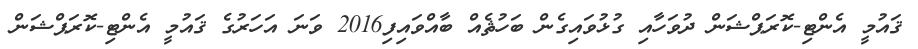
ޤައުމީ އެންޓި-ކޮރަޕްޝަން ދުވަހާއި ގުޅުވައިގެން ބަހުޘެއް ބާއްވައިފި2016 ވަނަ އަހަރުގެ ޤައުމީ އެންޓި-ކޮރަޕްޝަން